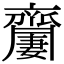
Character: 𪗍